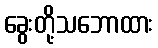
ခွေးတို့သဘောထား